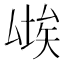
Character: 𱑨